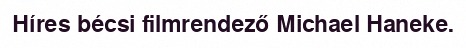
Híres bécsi filmrendező Michael Haneke.